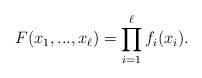
LaTeX: \begin{align*}F(x_1,...,x_\ell)=\prod_{i=1}^\ell f_i(x_i).\end{align*}